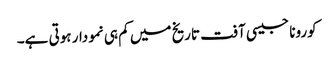
کورونا جیسی آفت تاریخ میں کم ہی نمودار ہوتی ہے۔